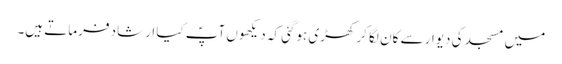
میں مسجد کی دیوار سے کان لگا کر کھڑی ہوگئی کہ دیکھوں آپؐ کیا ارشاد فرماتے ہیں۔